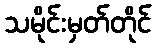
သမိုင်းမှတ်တိုင်